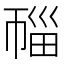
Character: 𰏛